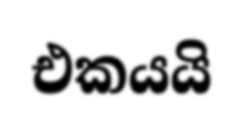
එකයයි